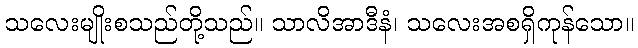
သလေးမျိုးစသည်တို့သည်။ သာလိအာဒီနံ၊ သလေးအစရှိကုန်သော။